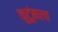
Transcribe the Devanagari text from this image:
कुटूंबाला